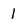
Character: 1